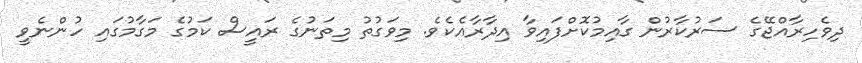
ދިވެހިރާއްޖޭގެ ސަރުކާރުން ގާއިމުކޮށްފައިވާ އިދާރާއެކެވެ. މިވަގުތު މިތަނުގެ ރައީސް ކަމުގެ މަގާމުގައި ހުންނެވީ